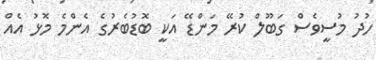
ހުދު މުސީވެސް ގަބޫލް ކުރޭ މަންޑޭ އަކީ ބޮޑުބެރުގެ އެންމެ މޮޅު އެއް